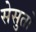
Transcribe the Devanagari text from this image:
सेसुतो